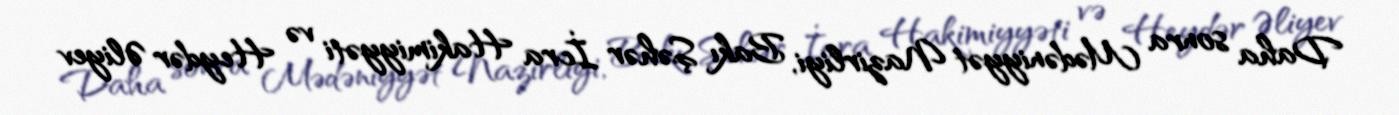
Daha sonra Mədəniyyət Nazirliyi, Bakı Şəhər İcra Hakimiyyəti və Heydər Əliyev